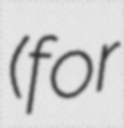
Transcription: (for